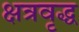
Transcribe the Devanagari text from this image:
क्षत्रवृद्ध